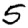
Digit: 5